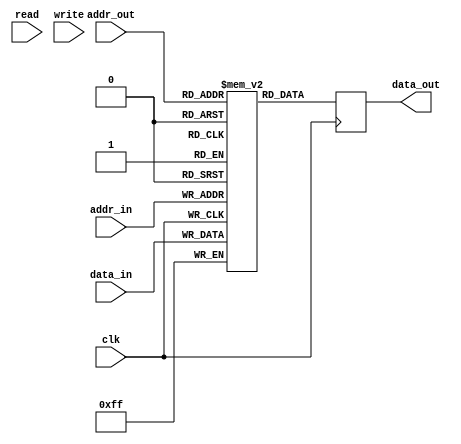

module bram #(
	parameter DATA_WIDTH = 8,
	parameter ADDR_WIDTH = 8
) (
	input  wire clk,
	input  wire read,
	input  wire write,
	input  wire [ADDR_WIDTH-1:0] addr_in,
	input  wire [DATA_WIDTH-1:0] data_in,
	input  wire [ADDR_WIDTH-1:0] addr_out,
	output wire [DATA_WIDTH-1:0] data_out
);

	reg [DATA_WIDTH-1:0] mem [0:(2**ADDR_WIDTH)-1];
	reg [DATA_WIDTH-1:0] data_out_int;

	always @(posedge clk) begin
		mem[addr_in] <= data_in;
		data_out_int <= mem[addr_out];
	end

	initial begin
		mem[0] <= 0;
		mem[1] <= 1;
		mem[2] <= 2;
		mem[3] <= 3;
		mem[4] <= 4;
		mem[5] <= 5;
		mem[6] <= 6;
		mem[7] <= 7;
		mem[8] <= 8;
		mem[9] <= 9; // working initialisation  */
//		$readmemh("meminit", mem); // also working initialisation
	end

	assign data_out = data_out_int;
endmodule
// */